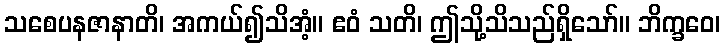
သစေပနဇာနာတိ၊ အကယ်၍သိအံ့။ ဧဝံ သတိ၊ ဤသို့သိသည်ရှိသော်။ ဘိက္ခဝေ၊